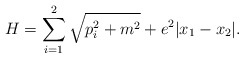
\begin{align*}H = \sum_{i=1}^{2} \sqrt{p_{i}^{2} + m^{2}} + e^2 |x_{1} -x_{2}|.\end{align*}